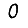
Digit: 0